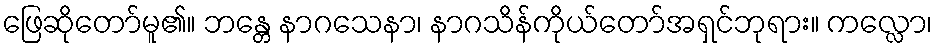
ဖြေဆိုတော်မူ၏။ ဘန္တေ နာဂသေနာ၊ နာဂသိန်ကိုယ်တော်အရှင်ဘုရား။ ကလ္လော၊